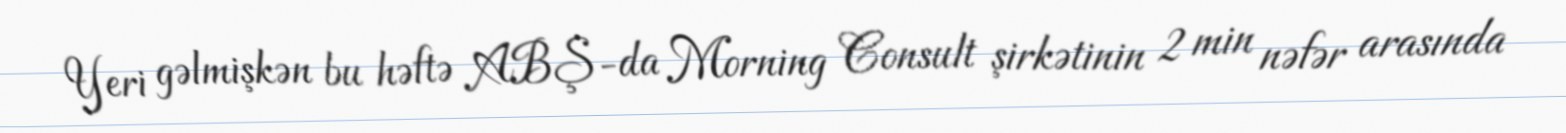
Yeri gəlmişkən bu həftə ABŞ-da Morning Consult şirkətinin 2 min nəfər arasında